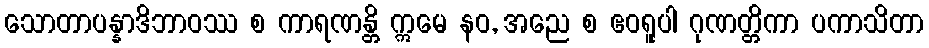
သောတာပန္နာဒိဘာဝဿ စ ကာရဏန္တိ ဣမေ နဝ, အညေ စ ဧဝရူပါ ဂုဏတ္တိကာ ပကာသိတာ